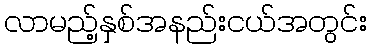
လာမည့်နှစ်အနည်းငယ်အတွင်း